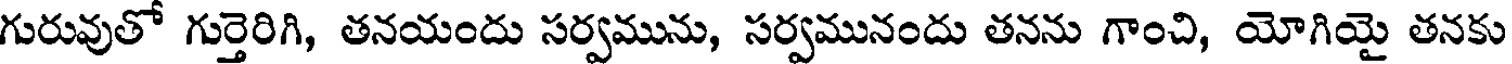
గురువుతో గుర్తెరిగి, తనయందు సర్వమును, సర్వమునందు తనను గాంచి, యోగియై తనకు